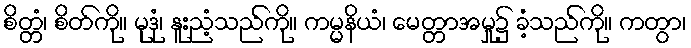
စိတ္တံ၊ စိတ်ကို။ မုဒုံ၊ နူးညံ့သည်ကို။ ကမ္မနိယံ၊ မေတ္တာအမှု၌ ခံ့သည်ကို။ ကတွာ၊